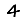
Digit: 4